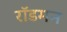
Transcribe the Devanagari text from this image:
रॉडमन